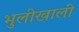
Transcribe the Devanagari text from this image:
भुलीखाली